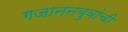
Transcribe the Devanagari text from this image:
गजाननबुवांची